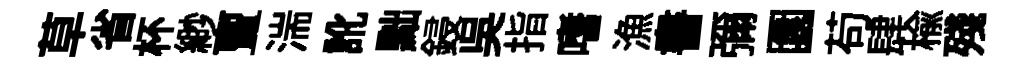
草省杯緲亶湍訛黜鋟吳指嗜漁書彌園苟肆榆殘